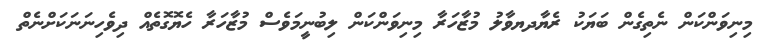
މިނިވަންކަން ނެތިގެން ބަޔަކު ރެޔާދޔވާލު މުޒާހަރާ މިނިވަންކަން ލިބުނީމަވެސް މުޒާހަރާ ހެޔޮގޮތެއް ދިވެހިނަނަކަށްނެތް